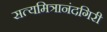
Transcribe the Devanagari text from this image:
सत्यमित्रानंदगिरी